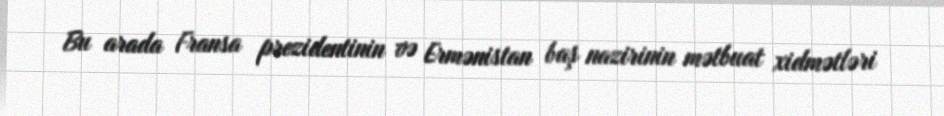
Bu arada Fransa prezidentinin və Ermənistan baş nazirinin mətbuat xidmətləri